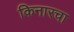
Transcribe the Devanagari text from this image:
किनारचा